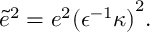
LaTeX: { \tilde { e } } ^ { 2 } = e ^ { 2 } { ( { \epsilon } ^ { - 1 } \kappa ) } ^ { 2 } .